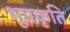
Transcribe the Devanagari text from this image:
भूप्रकृति